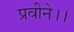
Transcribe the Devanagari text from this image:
प्रवीने।।